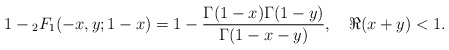
\begin{align*}1-{}_2F_1(-x,y;1-x) = 1-\frac{\Gamma(1-x)\Gamma(1-y)}{\Gamma(1-x-y)}, \quad\Re(x+y)<1.\end{align*}